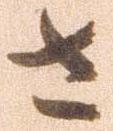
さ